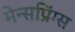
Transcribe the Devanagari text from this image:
मेन्सप्रिंग्स